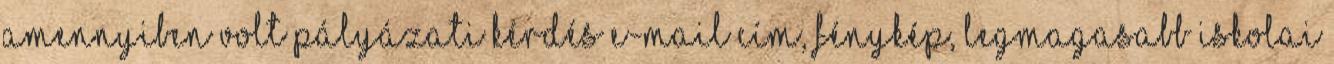
amennyiben volt pályázati kérdés e-mail cím, fénykép, legmagasabb iskolai